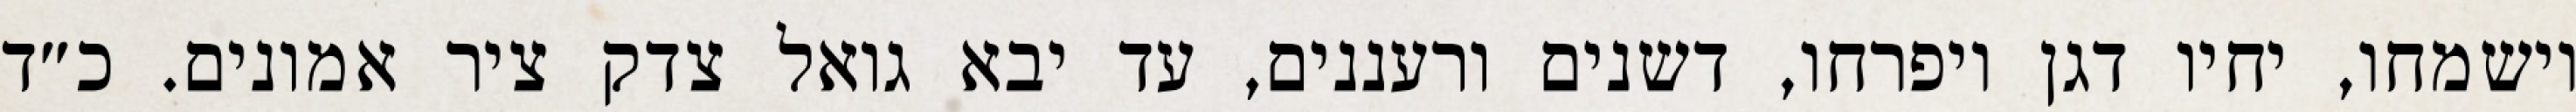
וישמחו, יחיו דגן ויפרחו, דשנים ורעננים, עד יבא גואל צדק ציר אמונים. כ״ד